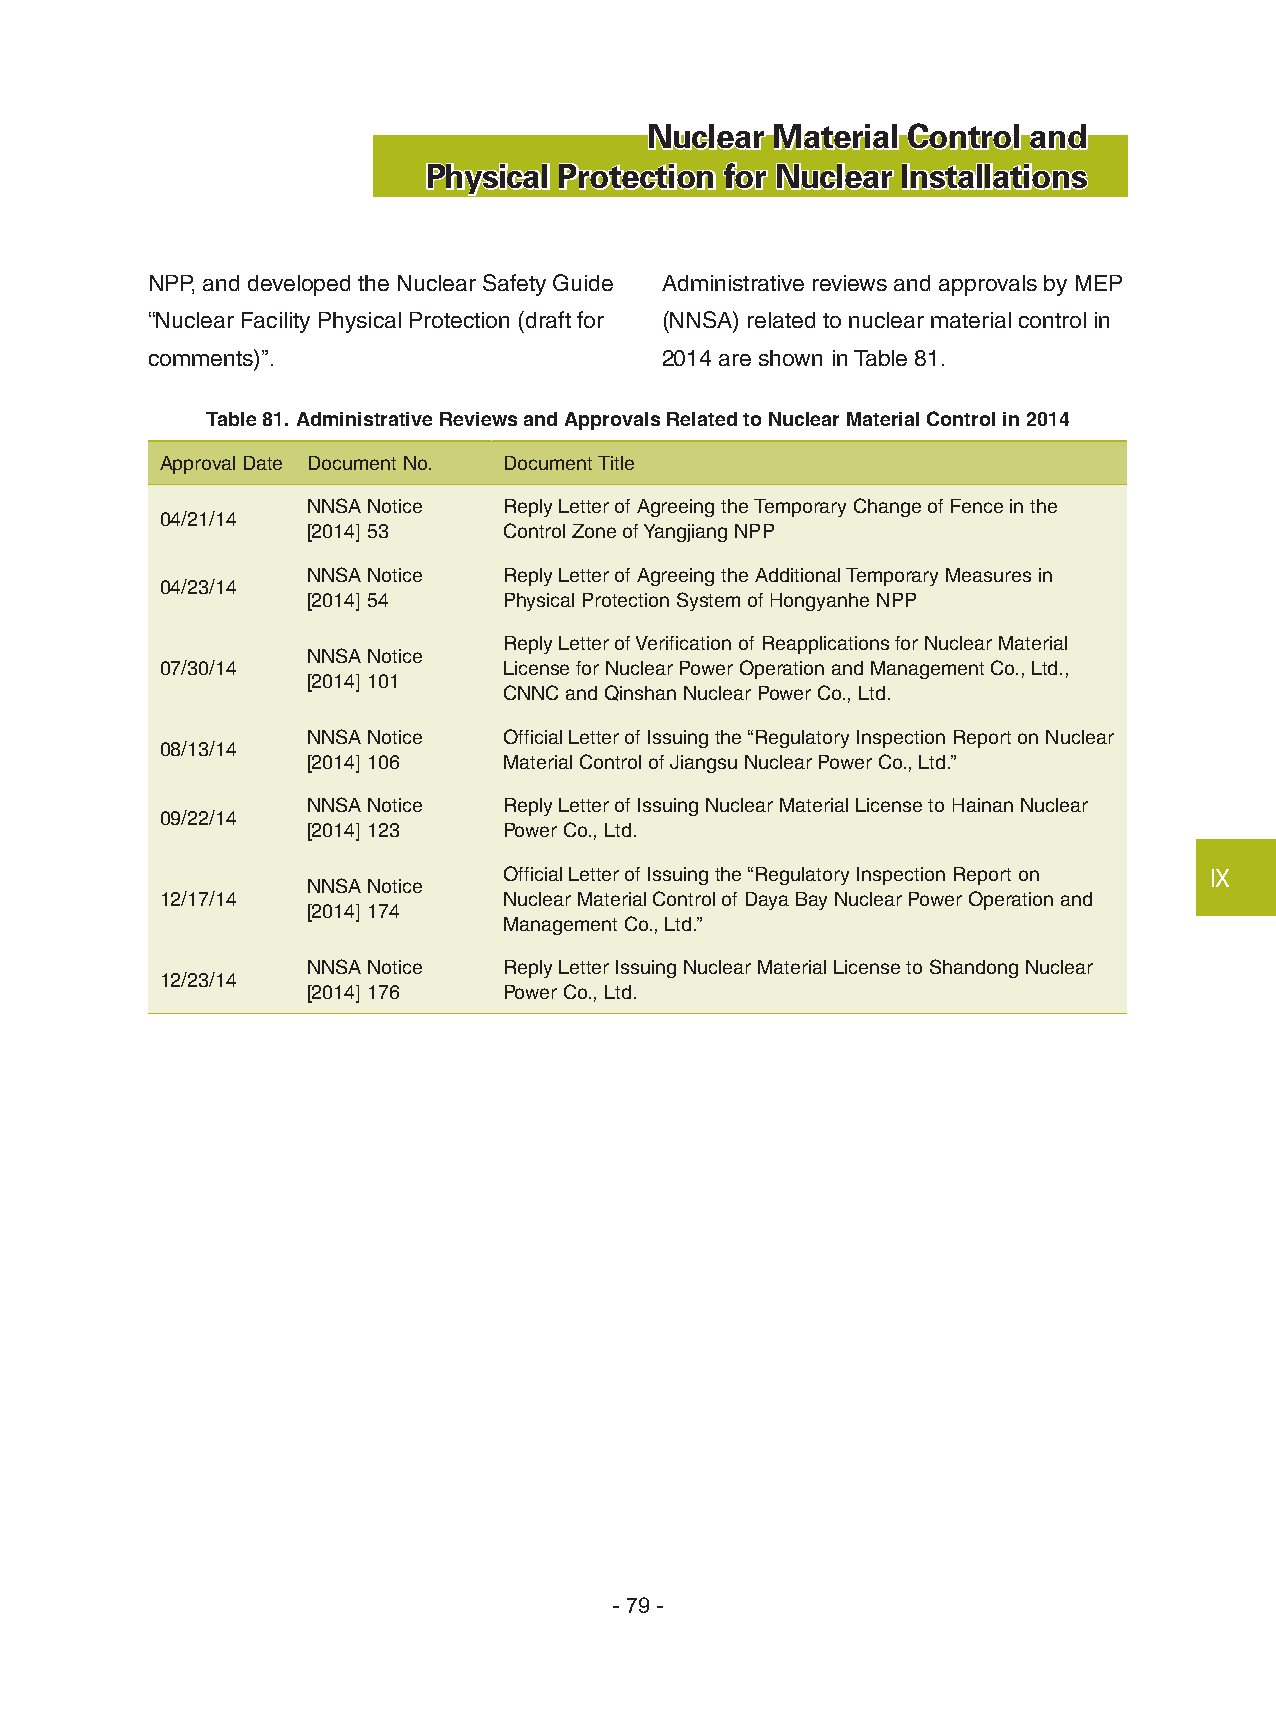
Nuclear Material Control and
 Physical Protection for Nuclear Installations
 NPP, and developed the Nuclear Safety Guide Administrative reviews and approvals by MEP
 “Nuclear Facility Physical Protection (draft for (NNSA) related to nuclear material control in
 comments)”.                       2014 are shown in Table 81.
 Table 81. Administrative Reviews and Approvals Related to Nuclear Material Control in 2014
 Approval Date Document No. Document Title
 NNSA Notice  Reply Letter of Agreeing the Temporary Change of Fence in the
 04/21/14
 [2014] 53    Control Zone of Yangjiang NPP
 NNSA Notice  Reply Letter of Agreeing the Additional Temporary Measures in
 04/23/14
 [2014] 54    Physical Protection System of Hongyanhe NPP
 Reply Letter of Verification of Reapplications for Nuclear Material
 NNSA Notice
 07/30/14              License for Nuclear Power Operation and Management Co., Ltd.,
 [2014] 101
 CNNC and Qinshan Nuclear Power Co., Ltd.
 NNSA Notice  Official Letter of Issuing the “Regulatory Inspection Report on Nuclear
 08/13/14
 [2014] 106   Material Control of Jiangsu Nuclear Power Co., Ltd.”
 NNSA Notice  Reply Letter of Issuing Nuclear Material License to Hainan Nuclear
 09/22/14
 [2014] 123   Power Co., Ltd.
 Official Letter of Issuing the “Regulatory Inspection Report on Ⅸ
 NNSA Notice
 12/17/14              Nuclear Material Control of Daya Bay Nuclear Power Operation and
 [2014] 174
 Management Co., Ltd.”
 NNSA Notice  Reply Letter Issuing Nuclear Material License to Shandong Nuclear
 12/23/14
 [2014] 176   Power Co., Ltd.
 - 79 -